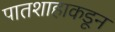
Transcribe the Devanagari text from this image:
पातशाहाकडून